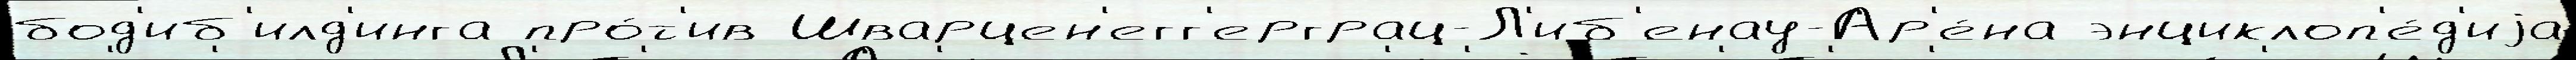
бод'иб'илд'инга про́т'ив Шварцен'егг'ерграц-Л'иб'енау-Ар'е́на энциклоп'е́д'иjа